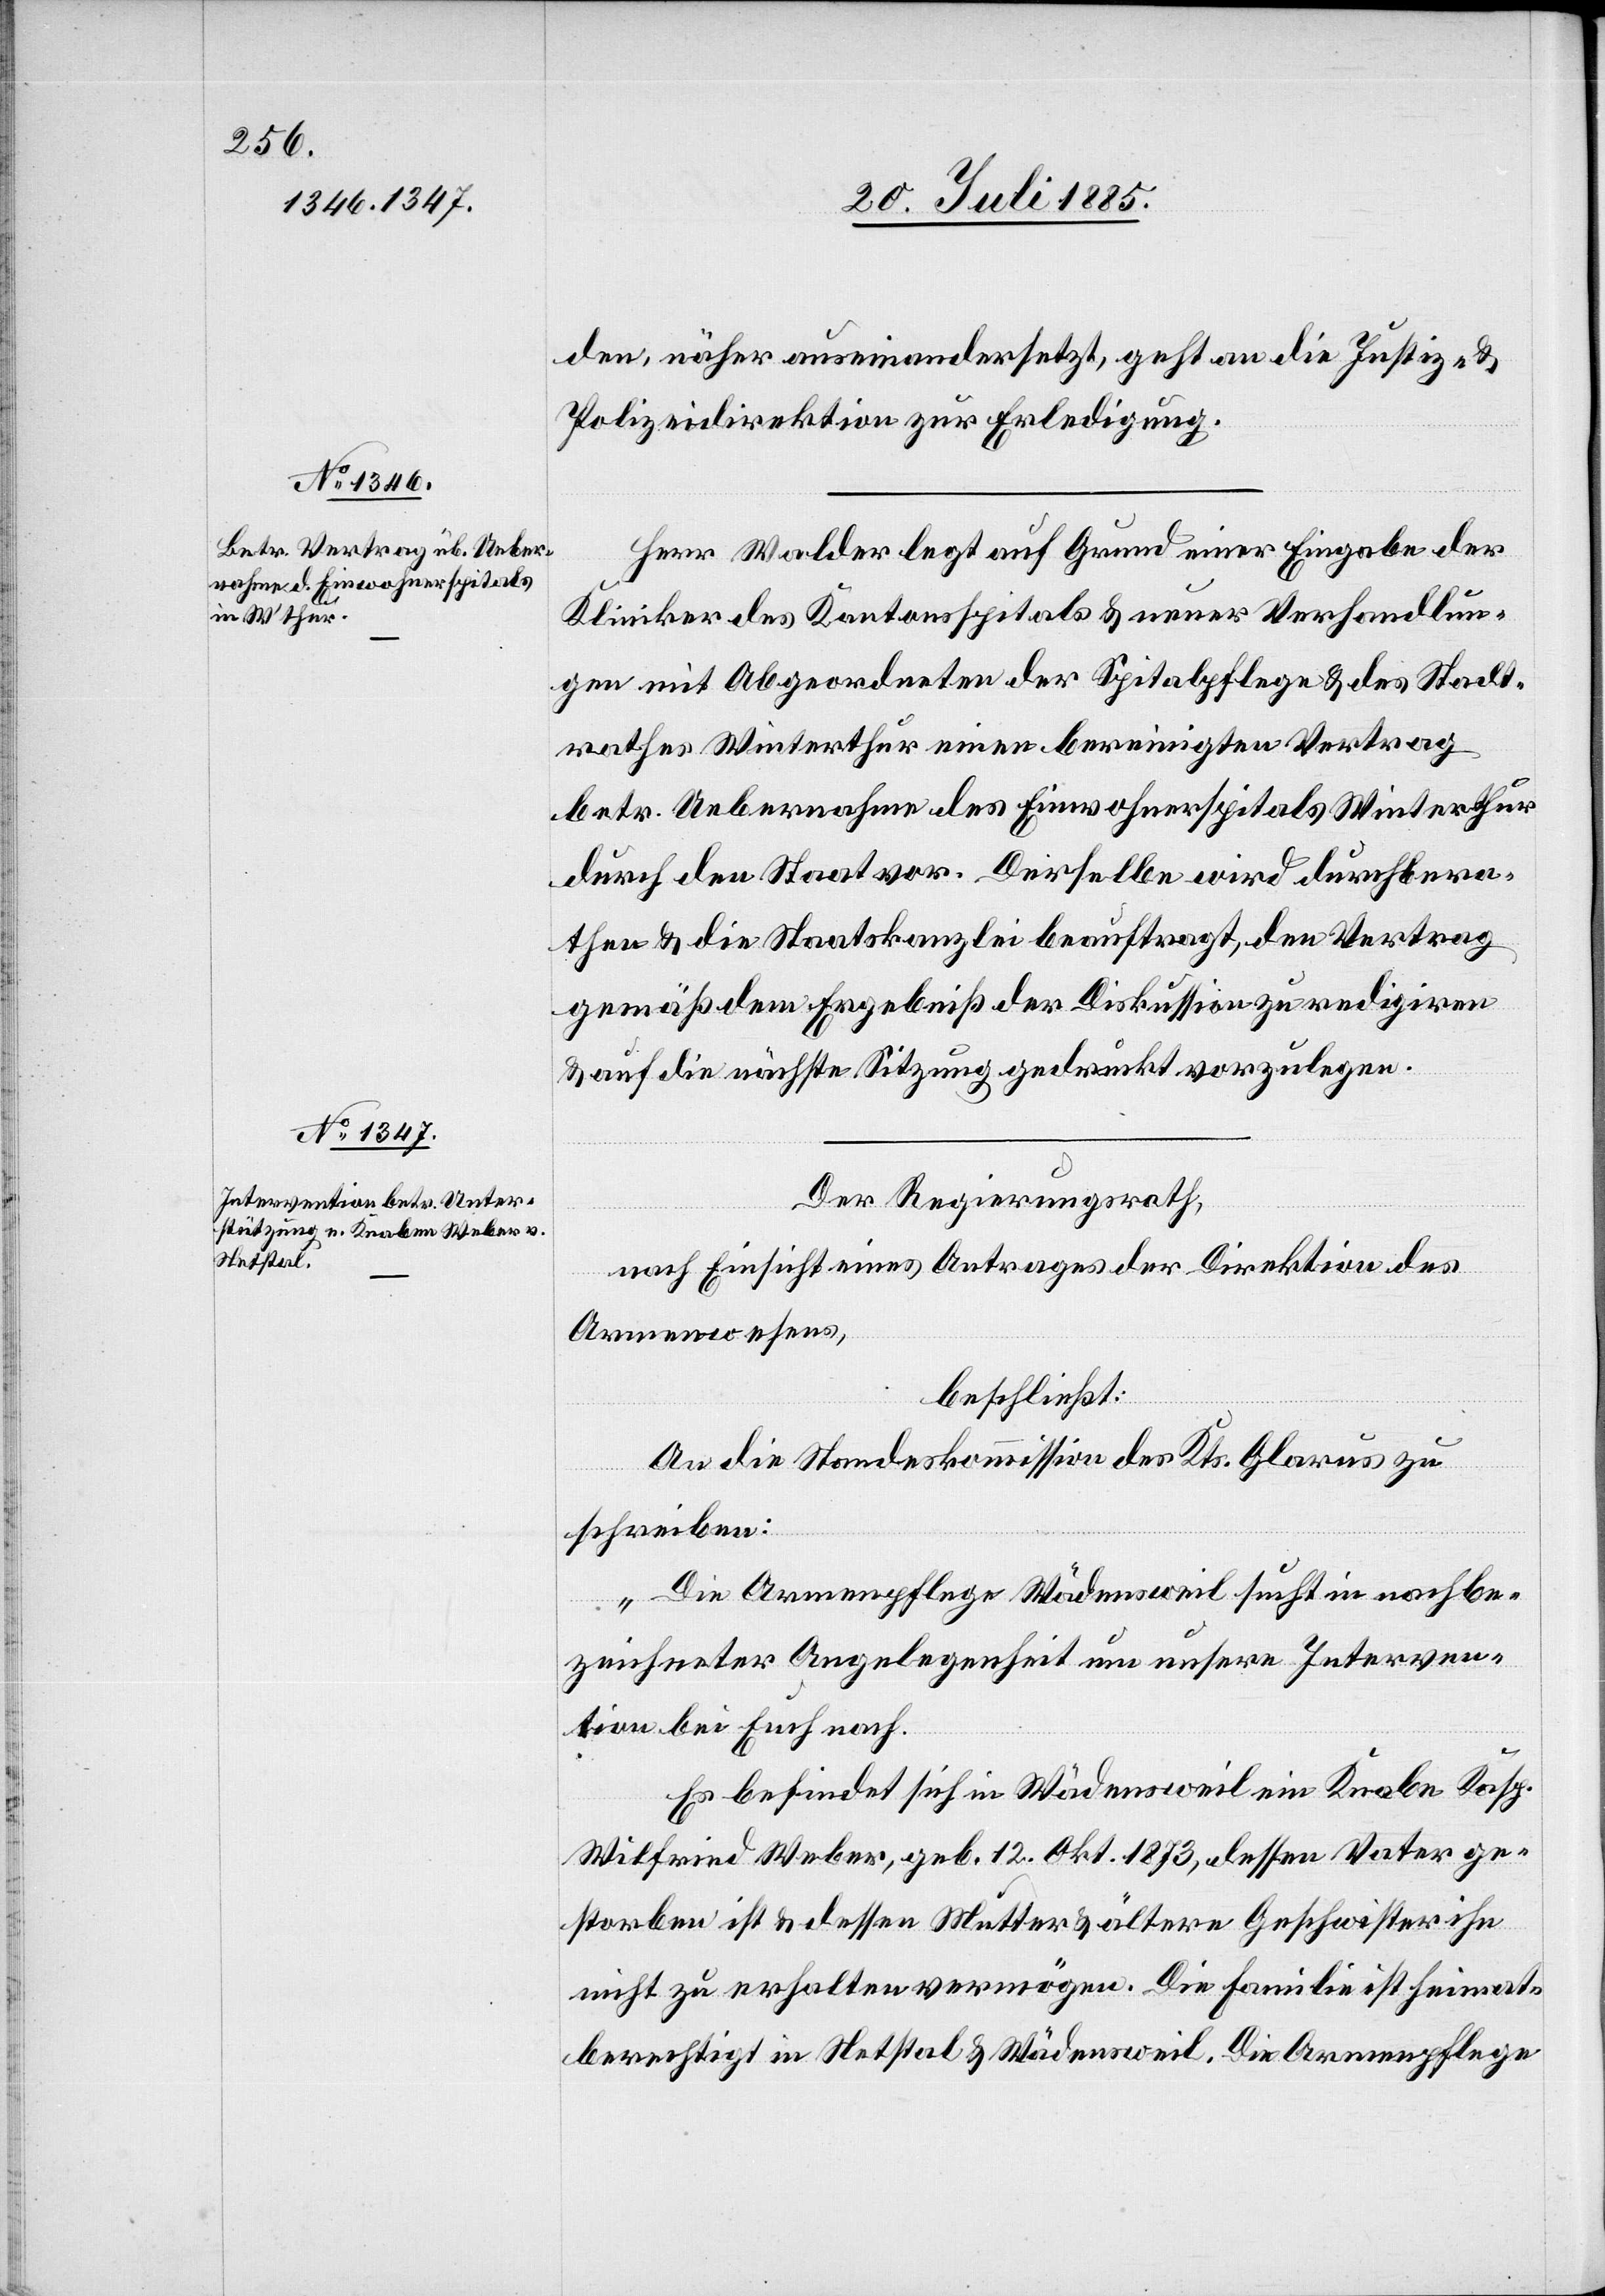
den, näher auseinandersetzt, geht an die Justiz- &
Polizeidirektion zur Erledigung.
Herr Walder legt auf Grund einer Eingabe der
Kliniker des Kantonsspitals & neuer Verhandlun¬
gen mit Abgeordneten der Spitalpflege & des Stadt¬
rathes Winterthur einen bereinigten Vertrag
betr. Uebernahme des Einwohnerspitals Winterthur
durch den Staat vor. Derselbe wird durchbera¬
then & die Staatskanzlei beauftragt, den Vertrag
gemäß dem Ergebniß der Diskussion zu redigiren
& auf die nächste Sitzung gedruckt vorzulegen.
Der Regierungsrath,
nach Einsicht eines Antrages der Direktion des
Armenwesens,
beschließt:
An die Standeskommission des Kts. Glarus zu
schreiben:
„Die Armenpflege Wädensweil sucht in nachbe¬
zeichneter Angelegenheit um unsere Interven¬
tion bei Euch nach.
Es befindet sich in Wädensweil ein Knabe Kasp.
Wilfried Weber, geb. 12. Okt. 1873, dessen Vater ge¬
storben ist & dessen Mutter & ältere Geschwister ihn
nicht zu erhalten vermögen. Die Familie ist heimat¬
berechtigt in Netstal & Wädensweil. Die Armenpflege